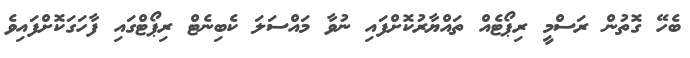
ބެހޭ ގޮތުން ރަސްމީ ރިޕޯޓެއް ތައްޔާރުކޮށްފައި ނުވާ މައްސަލަ ކެބިނެޓް ރިޕޯޓްގައި ފާހަގަކޮށްފައިވެ